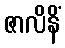
ဇာလိနိံ